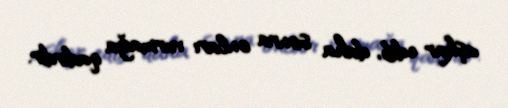
aşkar edib, daha sonra onları vurmağa qadirdir.